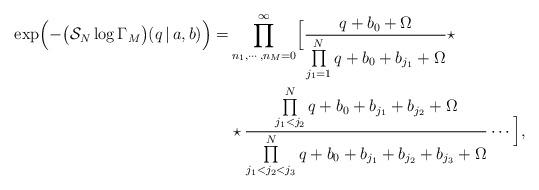
LaTeX: \begin{align*}\exp\Bigl(-\bigl(\mathcal{S}_N \log\Gamma_M\bigr)(q\,|\,a,b)\Bigr) = & \prod\limits_{n_1,\cdots ,n_M=0}^\infty \Bigl[\frac{q+b_0+\Omega}{\prod\limits_{j_1=1}^N q+b_0+b_{j_1}+\Omega}\star \\& \star\frac{\prod\limits_{j_1<j_2}^N q+b_0+b_{j_1}+b_{j_2}+\Omega}{\prod\limits_{j_1<j_2<j_3}^N q+b_0+b_{j_1}+b_{j_2}+b_{j_3}+\Omega}\cdots\Bigr], \end{align*}